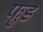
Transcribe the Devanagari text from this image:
फ़ु़ड